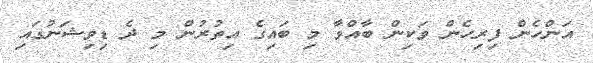
އަންހެން ފިރިހެން ވަކިން ބާއްވާ މި ބައިގެ އިތުރުން މި ދެ ޑިވިޝަނުގައި